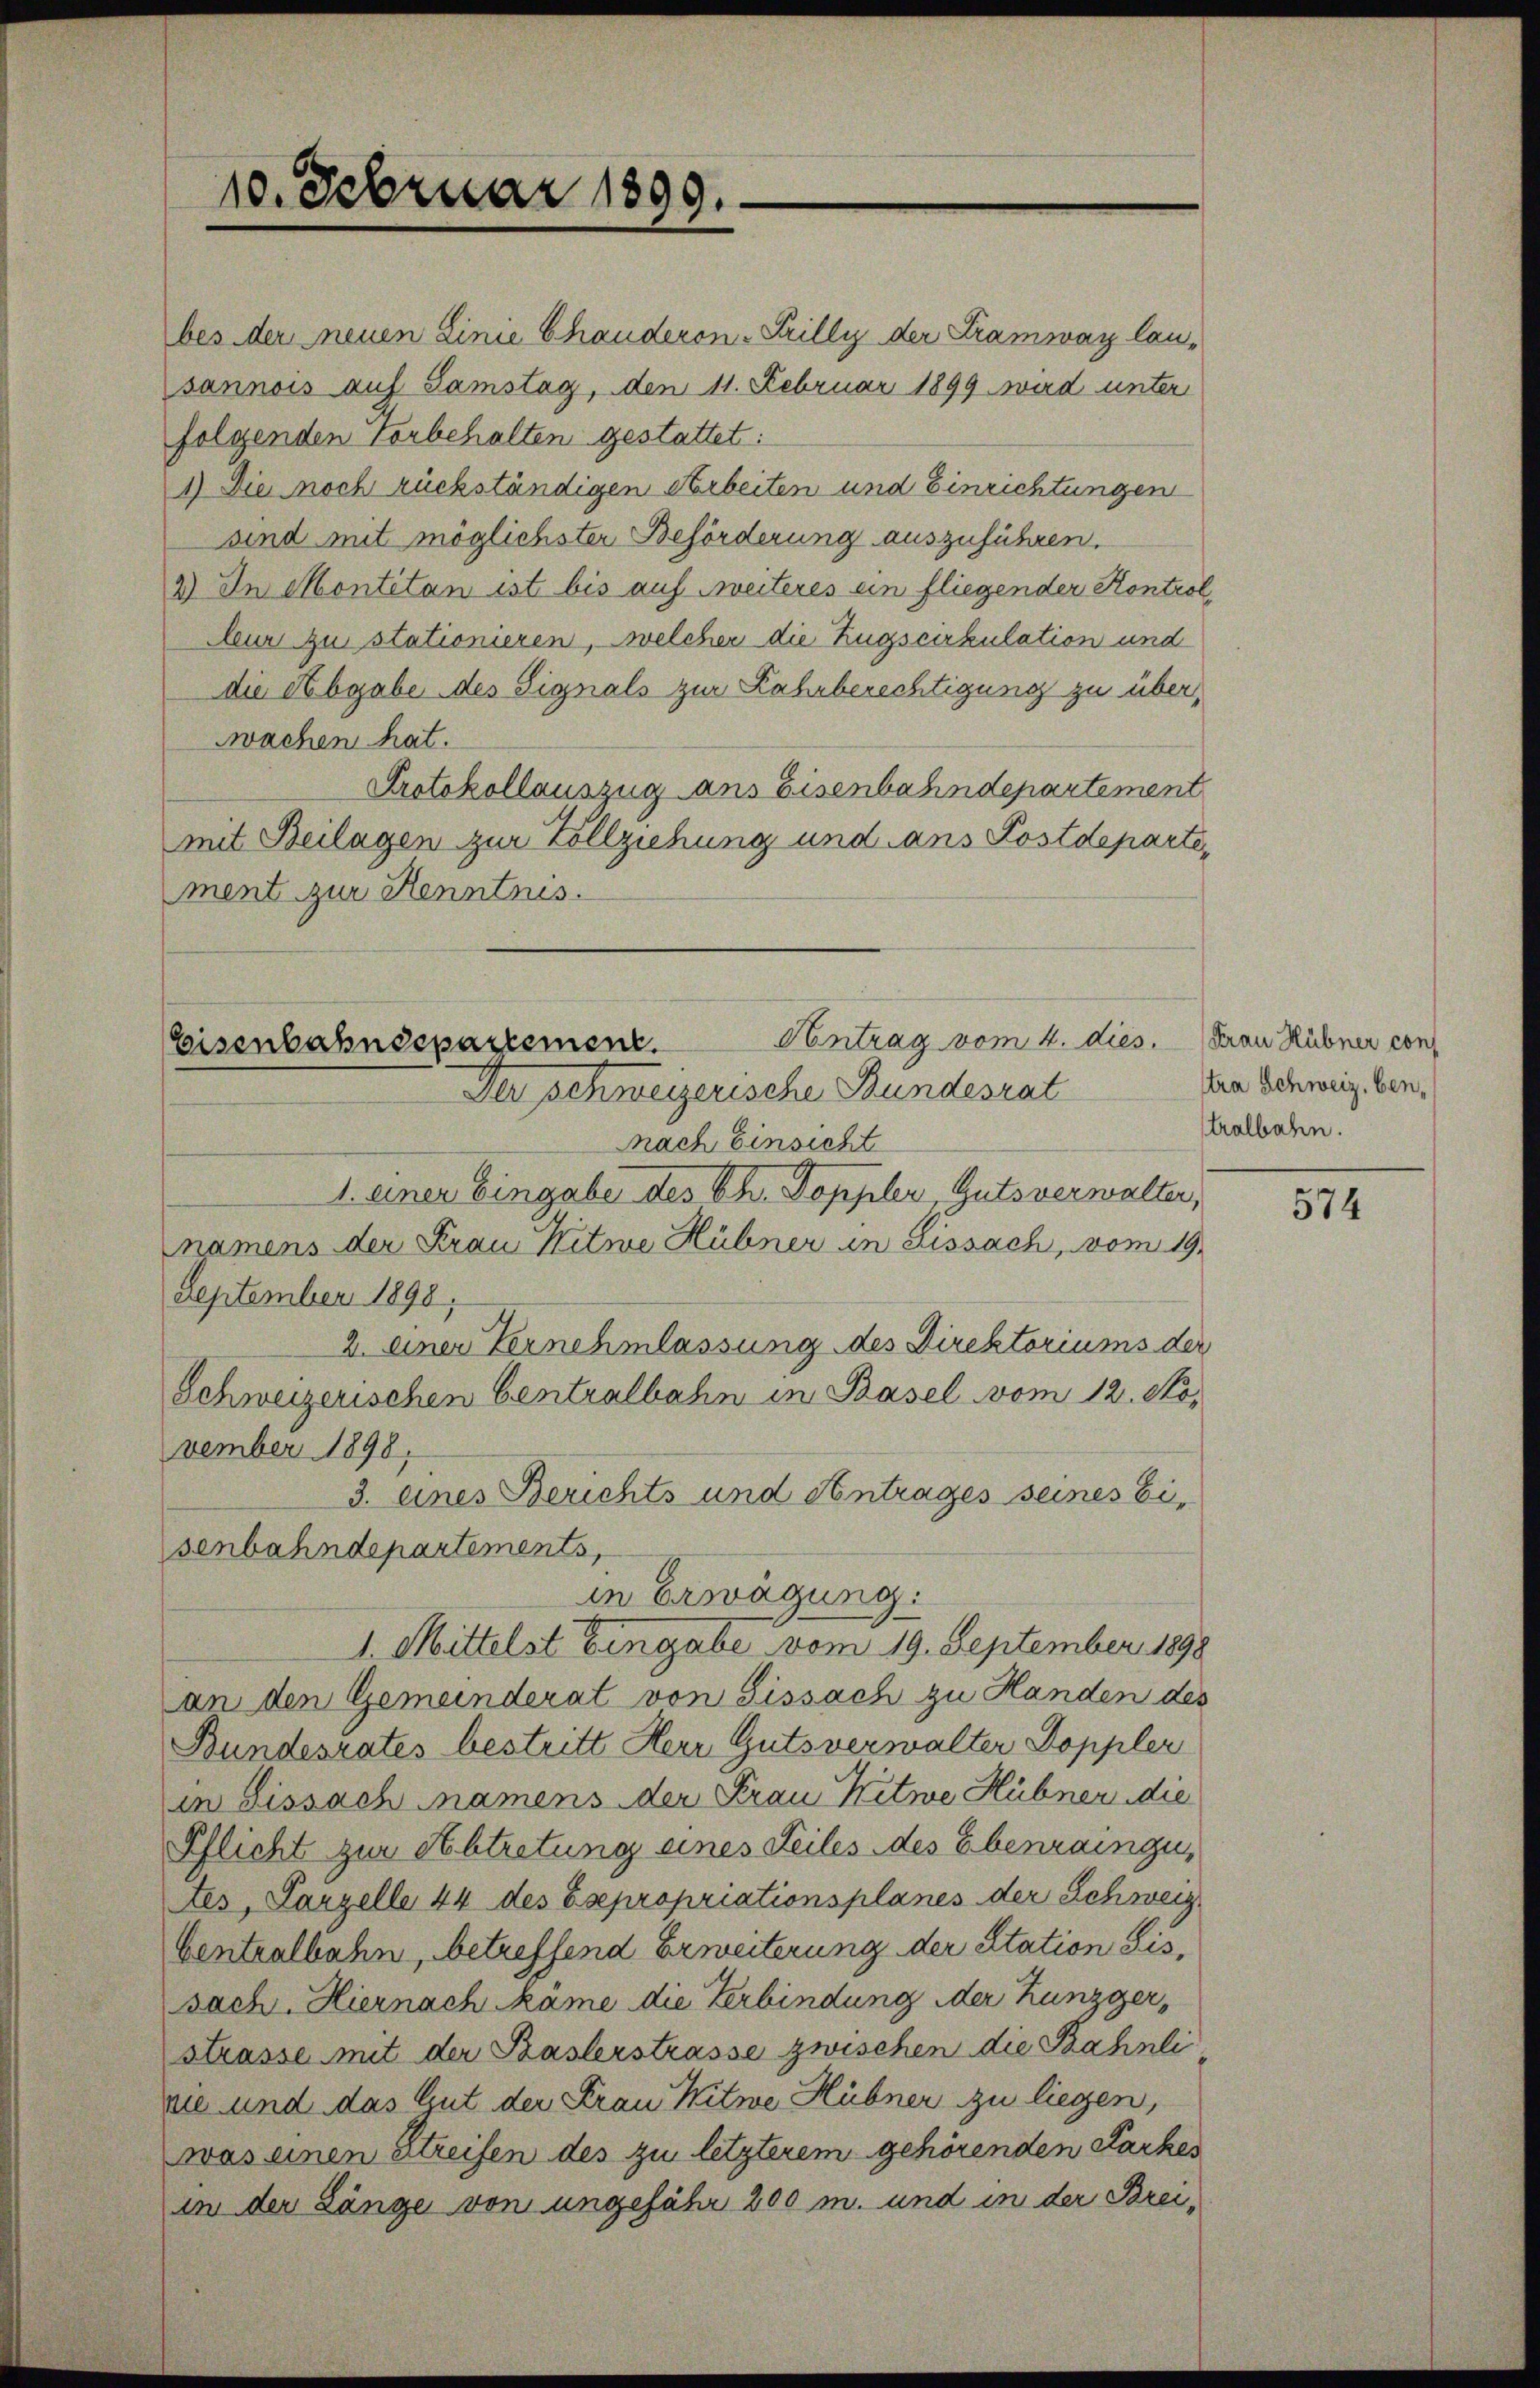
10. Februar 1899.

Antrag vom 4. dies. Frau Rübner con
Eisenbahndepartement.
Der schweizerische Bundesrat

bes der neuen Linie Chauderon-Filly der Tramway lausannois auf Samstag, den 11. Februar 1899 wird unter
folgenden Vorbehalten gestattet:
1) Die noch rückständigen Arbeiten und Einrichtungen
sind mit möglichster Beförderung auszuführen.
2) In Montitan ist bis auf Freiteres ein fliegender Kontrol
bur zu stationieren, welcher die Zugscirkulation und
die Abgabe des Signals zur Zahrberechtigung zu über,
wachen hat.
Protokollauszug ans Eisenbahndepartement
mit Beilagen zur Vollziehung und ans Postdepartement zur Kenntnis.

Nach Einsicht
1. einer Eingabe des Chr. Doppler, Gutsverwalter,
namens der Frau Witwe Hübner in Lissach, vom 19.
September 1898,
2. einer Vernehmlassung des Direktoriums der
Schweizerischen Centralbahn in Basel vom 12. No.
vember 1898,
3. eines Berichts und Antrages seines Eisenbahndepartements,
in Erwägung:
I. Mittelst Eingabe vom 19. September 1898
an den Gemeinderat von Fissach zu Handen des
Bundesrates bestritt Herr Gutsverwalter Doppler
in Lissach namens der Frau Kitwe Hübner die
Pflicht zur Abtretung eines Teiles des Erbenraingu
tes, Parzelle 44 des Esepropriationsplanes der Schweiz
Centralbahn, betreffend Erweiterung der Station dissach. Hiernach kame die Verbindung der Kunzgerstrasse mit der Baslerstrasse zwischen die Bahnli
ue und das Gut der Frau Witwe Hübner zu liegen,
was einen Streifen des zu letzterem gehörenden Sarker
in der Länge von ungefähr 200 m. und in der Brei¬

tra Schweiz, ben,
Stralbahn.

574